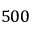
5 0 0